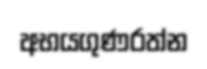
අභයගුණරත්න